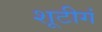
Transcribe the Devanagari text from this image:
शूटीगं